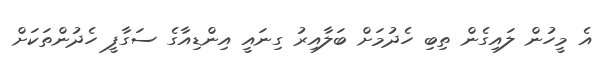
އެ މީހުން ލައިގެން ތިބި ހެދުމަށް ބަލާއިރު ގިނައީ އިންޑިއާގެ ސަގާފީ ހެދުންތަކަށް